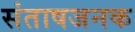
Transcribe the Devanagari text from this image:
संताषजनक